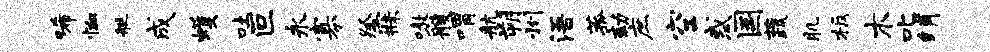
唏恤艇成蠖吐叵永寡祭寐嗷艘喟航朔州浯菰劾庶空惑国蔬肌板木叱绡